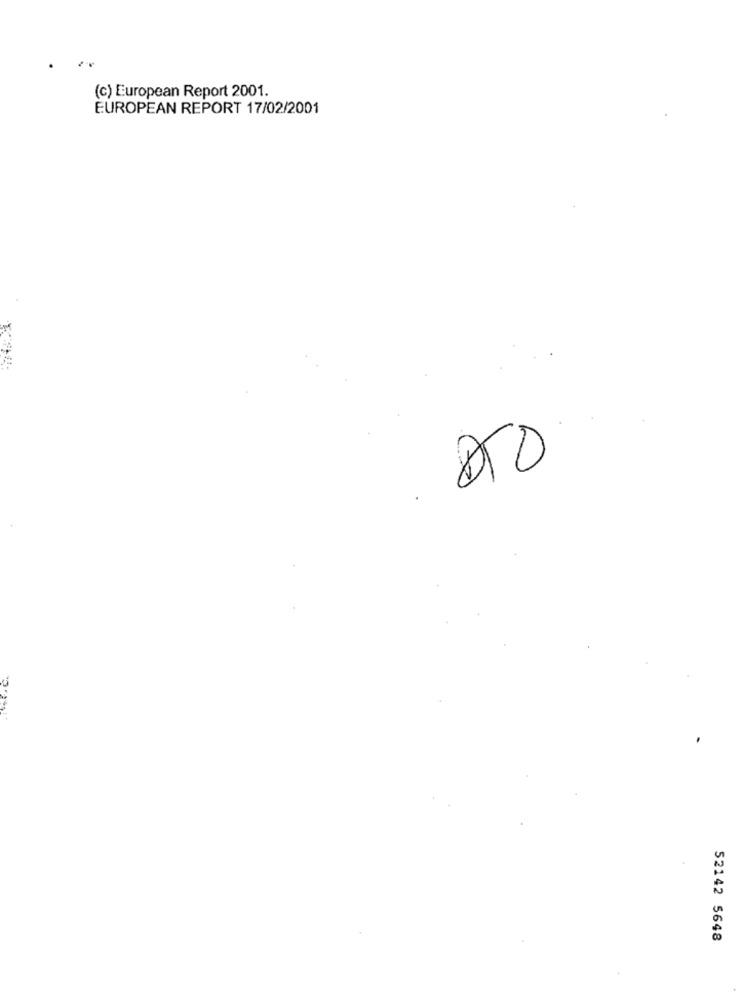
(c) European Report 2001.
EUROPEAN REPORT 17/02/2001
DTD
52142 5648